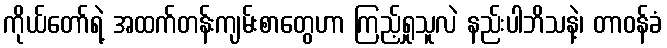
ကိုယ်တော်ရဲ့ အထက်တန်းကျမ်းစာတွေဟာ ကြည့်ရှုသူလဲ နည်းပါဘိသနဲ့၊ တာဝန်ခံ